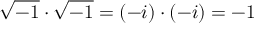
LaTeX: { \sqrt { - 1 } } \cdot { \sqrt { - 1 } } = ( - i ) \cdot ( - i ) = - 1